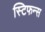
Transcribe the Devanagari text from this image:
स्टिफन्स